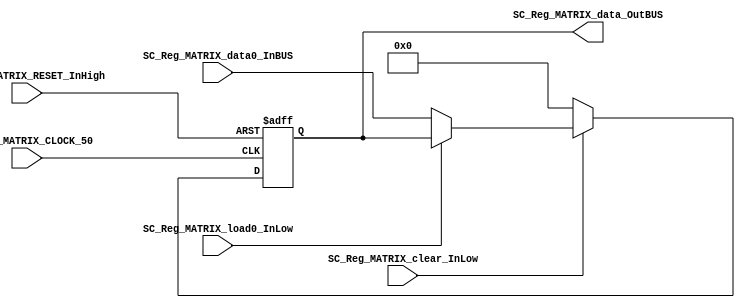
module SC_Reg_MATRIX #(parameter Reg_MATRIX_DATAWIDTH=8, parameter DATA_FIXED_INITREGMATRIX=8'b00000000)(
	//////////// OUTPUTS //////////
	SC_Reg_MATRIX_data_OutBUS,
	
	//////////// INPUTS //////////
	SC_Reg_MATRIX_CLOCK_50,
	SC_Reg_MATRIX_RESET_InHigh,
	SC_Reg_MATRIX_clear_InLow, 
	SC_Reg_MATRIX_load0_InLow, 
	//SC_Reg_MATRIX_load1_InLow, 
	//SC_Reg_MATRIX_shiftselection_In,
	SC_Reg_MATRIX_data0_InBUS
    //Este no es necesario pq solo le entran datos del mux
	//SC_Reg_MATRIX_data1_InBUS
);

//=======================================================
//  PARAMETER declarations
//=======================================================

//=======================================================
//  PORT declarations
//=======================================================
output		[Reg_MATRIX_DATAWIDTH-1:0]	SC_Reg_MATRIX_data_OutBUS;
input		SC_Reg_MATRIX_CLOCK_50;
input		SC_Reg_MATRIX_RESET_InHigh;
input		SC_Reg_MATRIX_clear_InLow;
input		SC_Reg_MATRIX_load0_InLow;	
//input		SC_Reg_MATRIX_load1_InLow;	
//input		[1:0] SC_Reg_MATRIX_shiftselection_In;
input		[Reg_MATRIX_DATAWIDTH-1:0]	SC_Reg_MATRIX_data0_InBUS;
//input		[Reg_MATRIX_DATAWIDTH-1:0]	SC_Reg_MATRIX_data1_InBUS;
//=======================================================
//  REG/WIRE declarations
//=======================================================
reg [Reg_MATRIX_DATAWIDTH-1:0] Reg_MATRIX_Register;
reg [Reg_MATRIX_DATAWIDTH-1:0] Reg_MATRIX_Signal;
//=======================================================
//  Structural coding
//=======================================================
//INPUT LOGIC: COMBINATIONAL
always @(*)
begin
	if (SC_Reg_MATRIX_clear_InLow == 1'b0)
		Reg_MATRIX_Signal = DATA_FIXED_INITREGMATRIX;
	else if (SC_Reg_MATRIX_load0_InLow == 1'b0)
		Reg_MATRIX_Signal = SC_Reg_MATRIX_data0_InBUS;
	else
		Reg_MATRIX_Signal = Reg_MATRIX_Register;
	end
always @(posedge SC_Reg_MATRIX_CLOCK_50, posedge SC_Reg_MATRIX_RESET_InHigh)
begin
	if (SC_Reg_MATRIX_RESET_InHigh == 1'b1)
		Reg_MATRIX_Register <= 0;
	else
		Reg_MATRIX_Register <= Reg_MATRIX_Signal;
end
//=======================================================
//  Outputs
//=======================================================
//OUTPUT LOGIC: COMBINATIONAL
assign SC_Reg_MATRIX_data_OutBUS = Reg_MATRIX_Register;

endmodule